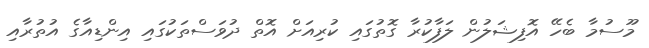
މޫސުމާ ބެހޭ އޮފިޝަލުން ލަފާކުރާ ގޮތުގައި ކުރިއަށް އޮތް ދުވަސްތަކުގައި އިންޑިއާގެ އުތުރާއި